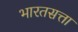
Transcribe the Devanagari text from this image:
भारतसत्ता